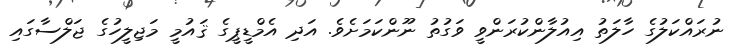
ނުރައްކަލުގެ ހާލަތު އިއުލާންކުރަންވީ ވަގުތު ނޫންކަމަށެވެ. އަދި އެމްޑީޕީގެ ޤައުމީ މަޖިލީހުގެ ޖަލްސާގައި